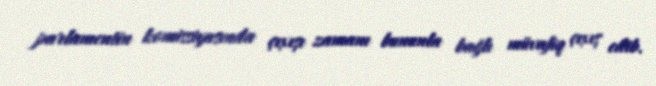
parlamentin komissiyasında çıxışı zamanı bununla bağlı müvafiq çıxış edib.